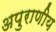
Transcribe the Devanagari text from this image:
अपुराणीय